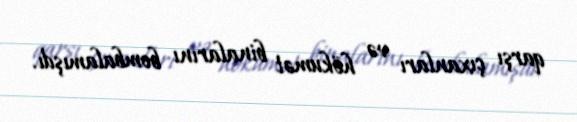
qarşı çıxanları və hökumət binalarını bombalamışdı.